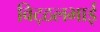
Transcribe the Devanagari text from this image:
विट्‍ठलभाई